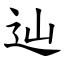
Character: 辿